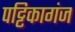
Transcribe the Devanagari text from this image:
पट्टिकागंज